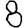
Digit: 8